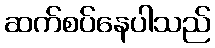
ဆက်စပ်နေပါသည်